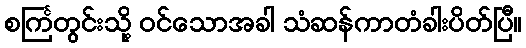
စင်္ကြတွင်းသို့ ဝင်သောအခါ သံဆန်ကာတံခါးပိတ်ပြီ။